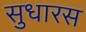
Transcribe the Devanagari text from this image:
सुधारस